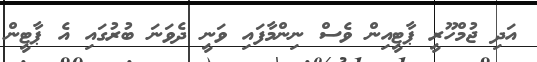
އަދި ޖުމްހޫރީ ޕާޓީއިން ވެސް ނިންމާފައި ވަނީ ދެވަނަ ބުރުގައި އެ ޕާޓީން